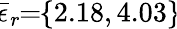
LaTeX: \! \overline{{\epsilon}}_{r}\! \! =\! \! \{ 2.18,4.03\} \!